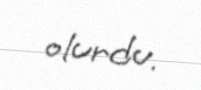
olurdu.